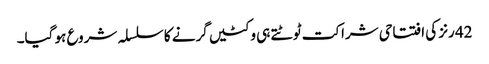
42 رنز کی افتتاحی شراکت ٹوٹتے ہی وکٹیں گرنے کا سلسلہ شروع ہو گیا۔